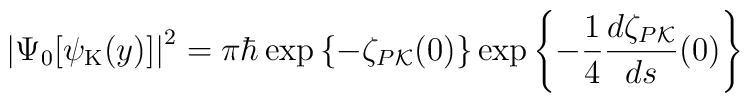
\left| \Psi_0[{\psi}_{\rm K}(y)] \right|^2=\pi\hbar\exp\left\{-\zeta_{P{\cal K}}(0)\right\} \exp\left\{-\frac{1}{4} \frac{d \zeta_{P {\cal K}}}{ds}(0) \right\}